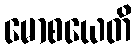
မောစယေတိ